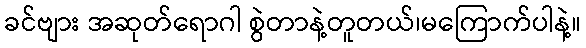
ခင်ဗျား အဆုတ်ရောဂါ စွဲတာနဲ့တူတယ်၊မကြောက်ပါနဲ့။